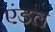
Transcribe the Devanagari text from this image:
एंडल